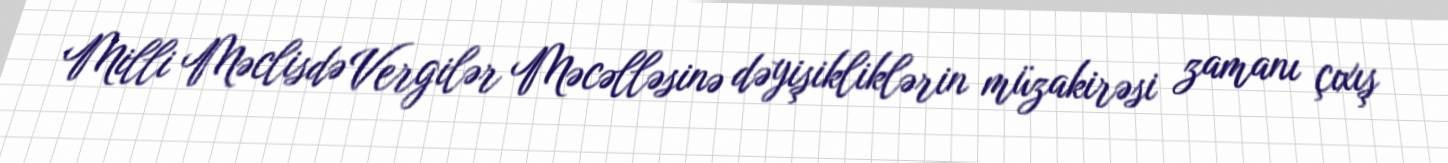
Milli Məclisdə Vergilər Məcəlləsinə dəyişikliklərin müzakirəsi zamanı çıxış